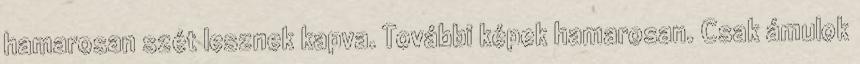
hamarosan szét lesznek kapva. További képek hamarosan. Csak ámulok